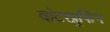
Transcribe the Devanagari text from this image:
वॉटरप्रूफिंग